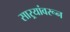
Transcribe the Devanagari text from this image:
साऱ्यांवरून